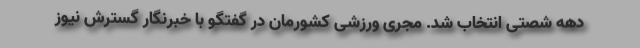
دهه شصتی انتخاب شد. مجری ورزشی کشورمان در گفتگو با خبرنگار گسترش نیوز